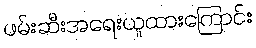
ဖမ်းဆီးအရေးယူထားကြောင်း